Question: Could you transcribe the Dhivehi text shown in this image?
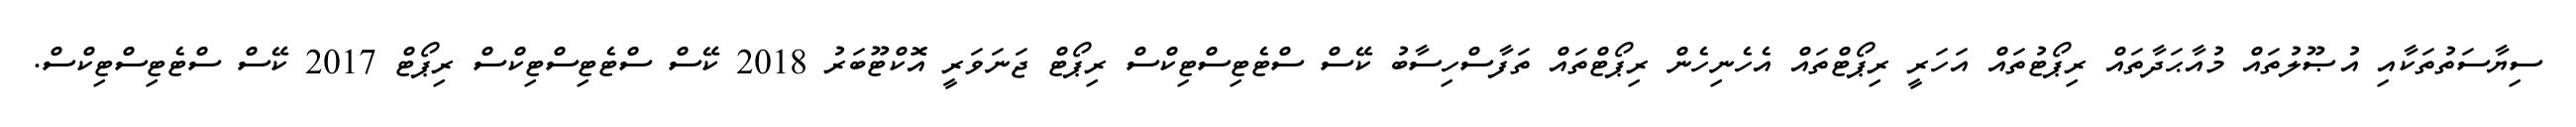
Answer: ސިޔާސަތުތަކާއި އުޞޫލުތައް މުއާޙަދާތައް ރިޕޯޓުތައް އަހަރީ ރިޕޯޓްތައް އެހެނިހެން ރިޕޯޓްތައް ތަފާސްހިސާބު ކޭސް ސްޓެޓިސްޓިކްސް ރިޕޯޓް ޖަނަވަރީ އޮކްޓޫބަރު 2018 ކޭސް ސްޓެޓިސްޓިކްސް ރިޕޯޓް 2017 ކޭސް ސްޓެޓިސްޓިކްސް.